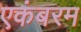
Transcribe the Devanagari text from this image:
एकंबरम